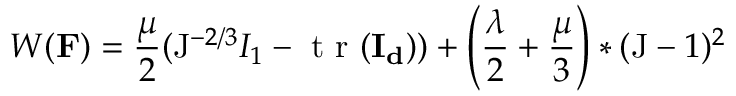
{ W } ( \mathbf { F } ) = \frac { \mu } { 2 } ( \mathrm { J } ^ { - 2 / 3 } I _ { 1 } - \mathrm { ~ t ~ r ~ } ( \mathbf { I _ { d } } ) ) + \left( \frac { \lambda } { 2 } + \frac { \mu } { 3 } \right) * ( \mathrm { J } - 1 ) ^ { 2 }